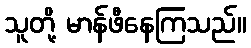
သူတို့ မာန်ဖီနေကြသည်။